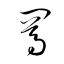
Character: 罵